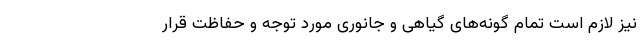
نیز لازم است تمام گونه‌های گیاهی و جانوری مورد توجه و حفاظت قرار